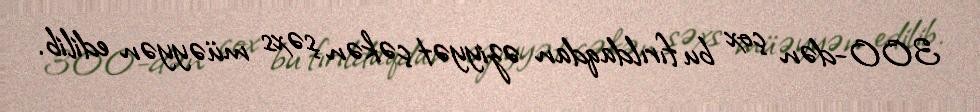
300-dən çox bu fırıldaqdan əziyyət çəkən şəxs müəyyən edilib.